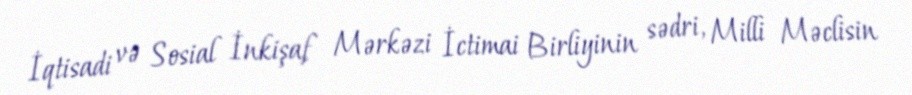
İqtisadi və Sosial İnkişaf Mərkəzi İctimai Birliyinin sədri, Milli Məclisin